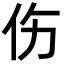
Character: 伤